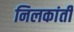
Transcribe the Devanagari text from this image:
निलकांती